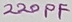
Text: 220PF